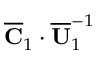
\overline { { \mathbf { C } } } _ { 1 } \cdot \overline { { \mathbf { U } } } _ { 1 } ^ { - 1 }